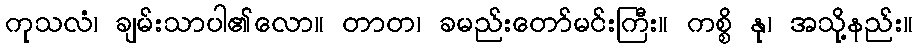
ကုသလံ၊ ချမ်းသာပါ၏လော။ တာတ၊ ခမည်းတော်မင်းကြီး။ ကစ္စိ နု၊ အသို့နည်း။